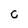
Character: C